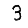
Digit: 3